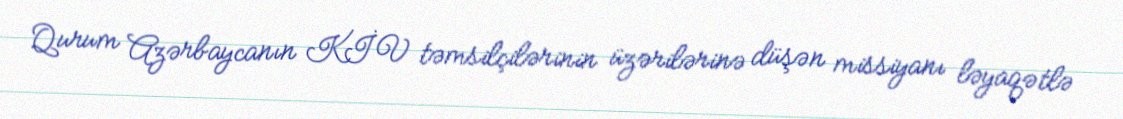
Qurum Azərbaycanın KİV təmsilçilərinin üzərilərinə düşən missiyanı ləyaqətlə